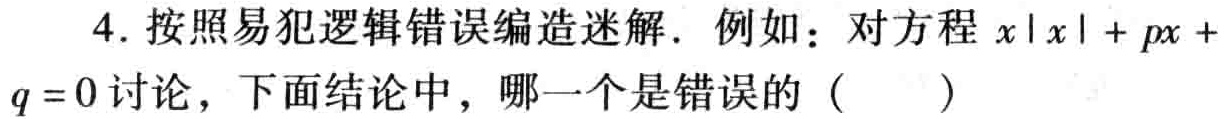
4. 按照易犯逻辑错误编造迷解. 例如：对方程\(x|x| + px + q = 0\)讨论，下面结论中，哪一个是错误的（  ）